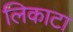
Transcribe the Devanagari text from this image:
लिकाटा